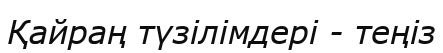
Қайраң түзілімдері - теңіз